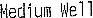
MEDIUM WELL